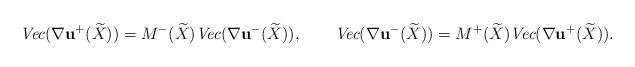
LaTeX: \begin{align*}\emph{Vec}(\nabla \mathbf{ u}^+(\widetilde{X})) = M^-(\widetilde{X})\emph{Vec}(\nabla \mathbf{ u}^-(\widetilde{X})), ~~~~~~\emph{Vec}(\nabla \mathbf{ u}^-(\widetilde{X})) = M^+(\widetilde{X})\emph{Vec}(\nabla \mathbf{ u}^+(\widetilde{X})).\end{align*}